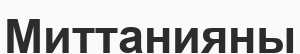
Миттанияны